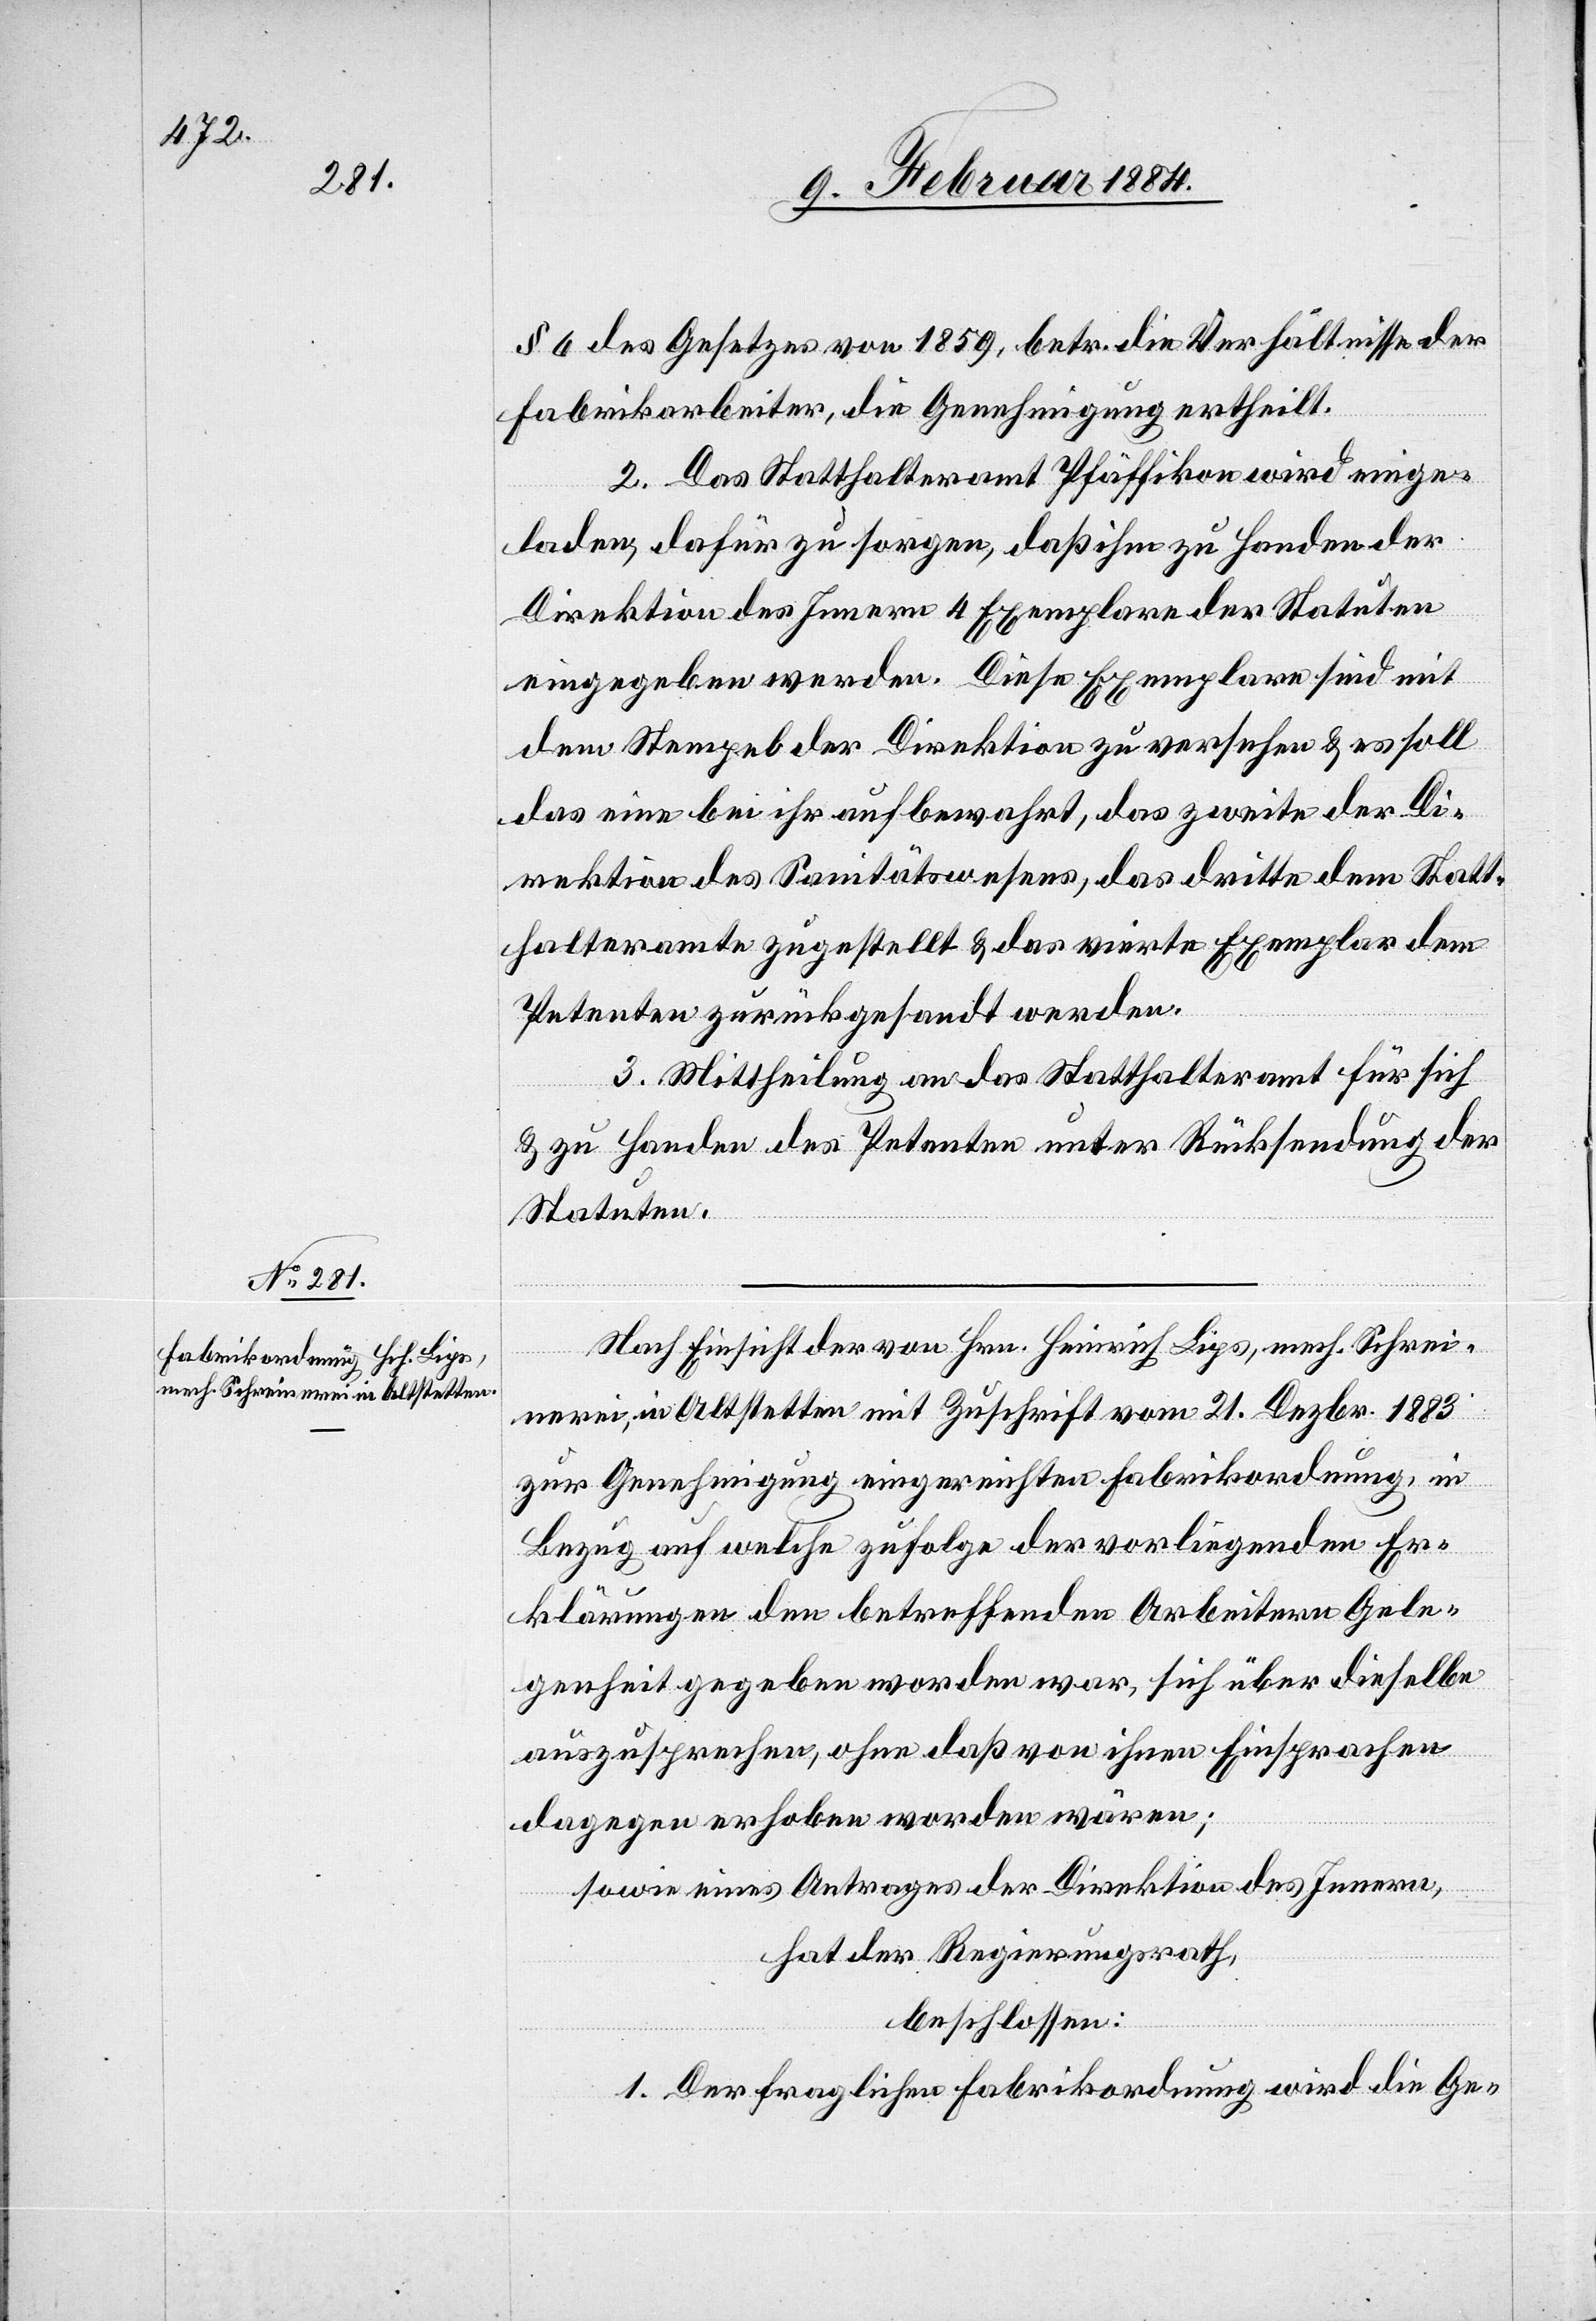
§ 6 des Gesetzes von 1859, betr. die Verhältnisse der
Fabrikarbeiter, die Genehmigung ertheilt.
2. Das Statthalteramt Pfäffikon wird einge¬
laden, dafür zu sorgen, daß ihm zu Handen der
Direktion des Innern 4 Exemplare der Statuten
eingegeben werden. Diese Exemplare sind mit
dem Stempel der Direktion zu versehen & es soll
das eine bei ihr aufbewahrt, das zweite der Di¬
rektion des Sanitätswesens, das dritte dem Statt¬
halteramte zugestellt & das vierte Exemplar dem
Petenten zurückgesandt werden.
3. Mittheilung an das Statthalteramt für sich
& zu Handen des Petenten unter Rücksendung der
Statuten.
Nach Einsicht der von Hrn. Heinrich Lips, mech. Schrei¬
nerei, in Altstetten mit Zuschrift vom 21. Dezbr. 1883
zur Genehmigung eingereichten Fabrikordnung, in
Bezug auf welche zufolge der vorliegenden Er¬
klärung den betreffenden Arbeitern Gele¬
genheit gegeben worden war, sich über dieselbe
auszusprechen, ohne daß von ihnen Einsprachen
dagegen erhoben worden wären,
sowie eines Antrages der Direktion des Innern,
hat der Regierungsrath,
beschlossen:
1. Der fraglichen Fabrikordnung wird die Ge-